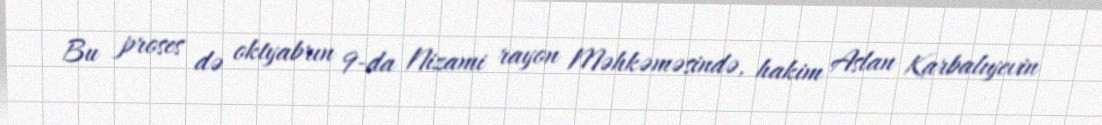
Bu proses də oktyabrın 9-da Nizami rayon Məhkəməsində, hakim Aslan Karbalıyevin